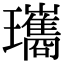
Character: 瓗